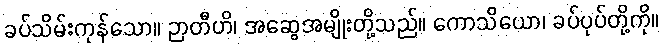
ခပ်သိမ်းကုန်သော။ ဉာတီဟိ၊ အဆွေအမျိုးတို့သည်။ ကောသိယော၊ ခပ်ပုပ်တို့ကို။